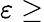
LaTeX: \varepsilon\geq